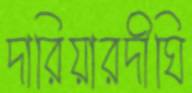
দারিয়ারদীঘি